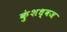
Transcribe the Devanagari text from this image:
कुंशध्वज